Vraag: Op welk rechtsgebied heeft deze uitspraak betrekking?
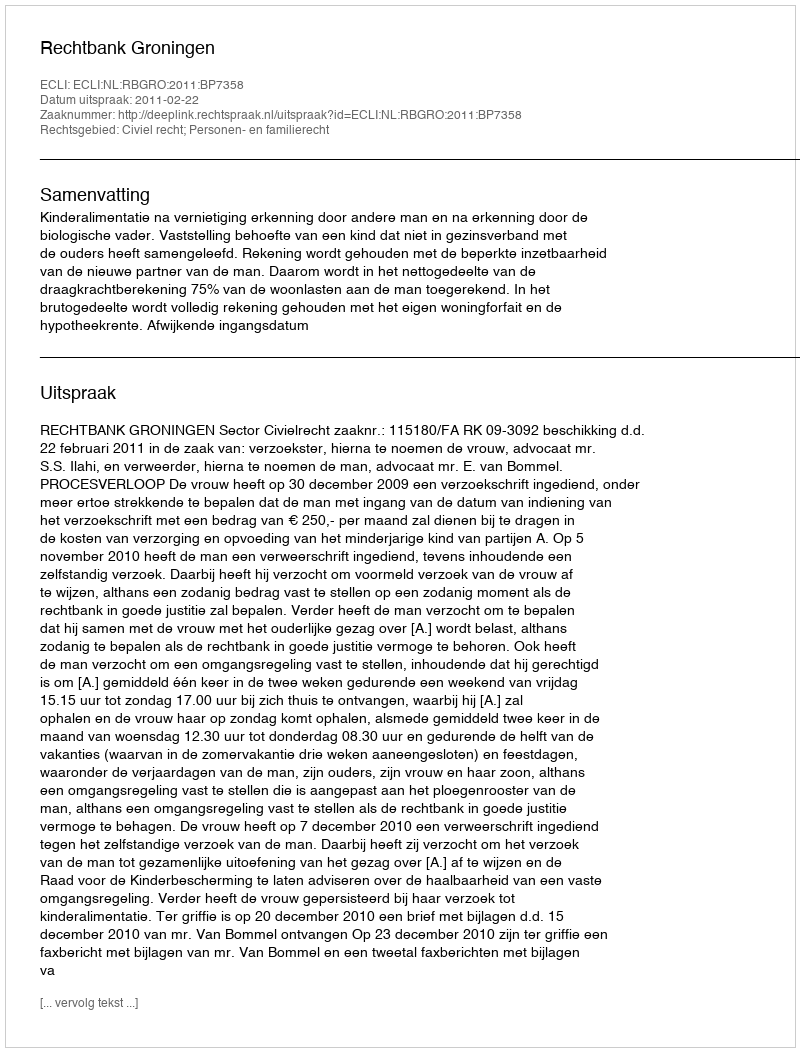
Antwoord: Civiel recht; Personen- en familierecht